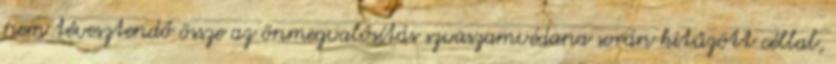
nem tévesztendő össze az önmegvalósítás szvaszamvédana során kitűzött céllal,